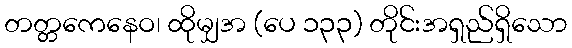
တတ္တကေနေဝ၊ ထိုမျှအ (ပေ ၁၃၃) တိုင်းအရှည်ရှိသော